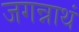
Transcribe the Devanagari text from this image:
जगन्नाथं